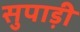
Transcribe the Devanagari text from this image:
सुपाड़ी